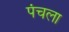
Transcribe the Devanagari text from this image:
पंचला